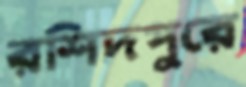
রশিদপুরে